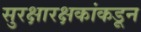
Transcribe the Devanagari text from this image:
सुरक्षारक्षकांकडून